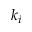
k _ { i }